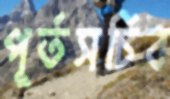
পূর্তসচিব